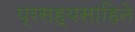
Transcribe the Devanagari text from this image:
प्रसह्यसाहिने